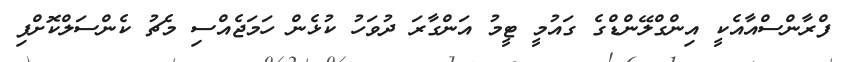
ފްރާންސްއާއެކީ އިންގްލޭންޑްގެ ގައުމީ ޓީމު އަންގާރަ ދުވަހު ކުޅެން ހަމަޖެއްސި މެޗު ކެންސަލްކޮށްފި